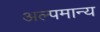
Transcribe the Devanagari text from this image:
अल्पमान्य